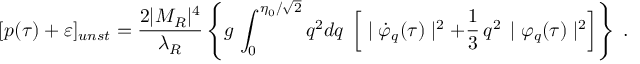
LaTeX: [ p ( \tau ) + \varepsilon ] _ { u n s t } = \frac { 2 | M _ { R } | ^ { 4 } } { \lambda _ { R } } \left\{ g \, \int _ { 0 } ^ { \eta _ { 0 } / \sqrt 2 } q ^ { 2 } d q \; \left[ \; \mid { \dot { \varphi } } _ { q } ( \tau ) \mid ^ { 2 } + \frac { 1 } { 3 } \, q ^ { 2 } \, \mid { \varphi } _ { q } ( \tau ) \mid ^ { 2 } \right] \right\} \; .